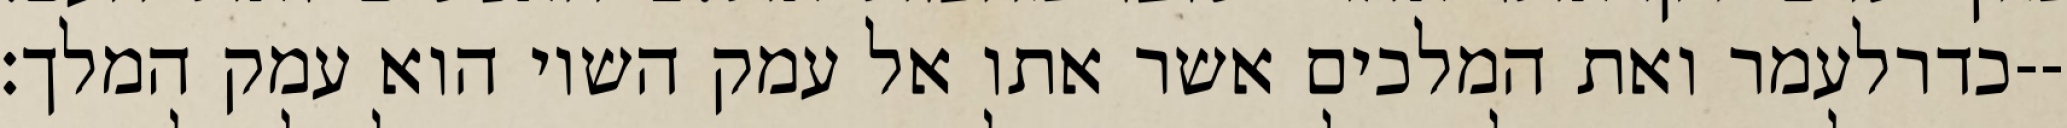
כדרלעמר ואת המלכים אשר אתו אל עמק השוי הוא עמק המלך׃--